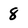
Character: 8